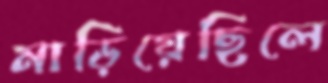
মাড়িয়েছিলে